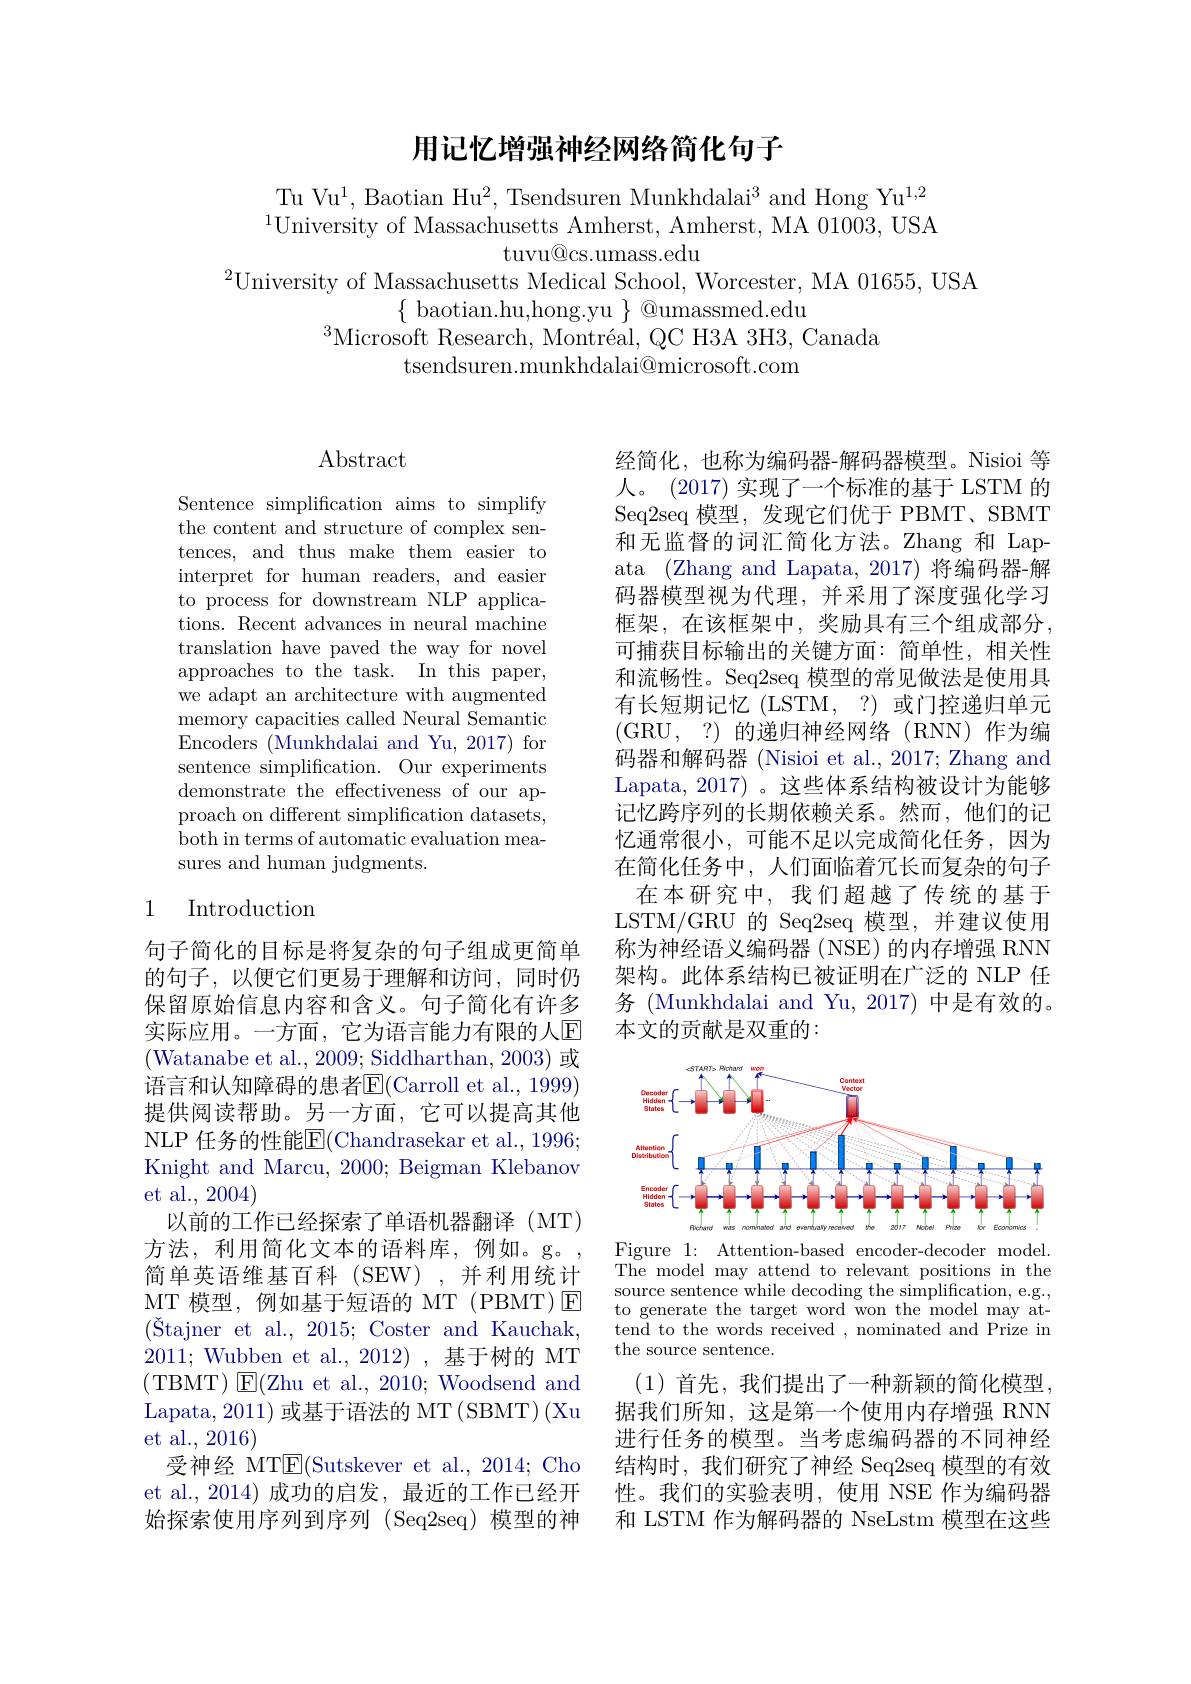
## 用记忆增强神经网络简化句子

Tu Vu$^1$, Baotian Hu$^2$, Tsendsuren Munkhdalai$^3$ and Hong Yu$^1,2$ $^{1}$University of Massachusetts Amherst, Amherst, MA 01003, USA
$\operatorname{tuvu@cs.umass.edu}$
$^{2}$University of Massachusetts Medical School, Worcester, MA 01655, USA
$\{$ baotian.hu,hong.yu $\}$ @umassmed.edu
$^{3}$Microsoft Research, Montréal, QC H3A 3H3, Canada
tsendsuren.munkhdalai@microsoft.com

# Abstract

Sentence simplification aims to simplify the content and structure of complex sentences, and thus make them easier to interpret for human readers, and easier to process for downstream NLP applications. Recent advances in neural machine translation have paved the way for novel approaches to the task. In this paper, we adapt an architecture with augmented memory capacities called Neural Semantic Encoders ($\bar{\text{Munkhdalai and Yu,2017)}}$for sentence simplification. Our experiments demonstrate the effectiveness of our approach on different simplification datasets, both in terms of automatic evaluation measures and human judgments.

## 1 Introduction

句子简化的目标是将复杂的句子组成更简单的句子，以便它们更易于理解和访问，同时仍保留原始信息内容和含义。句子简化有许多实际应用。一方面，它为语言能力有限的人回(Watanabe et al., 2009; Siddharthan, 2003) 或语言和认知障碍的患者$\overline{\mathrm{E}}($Carroll et al., 1999) 提供阅读帮助。另一方面，它可以提高其他NLP 任务的性能$\overline{\mathrm{E}}($Chandrasekar et al., 1996; Knight and Marcu, 2000; Beigman Klebanov et al., 2004)
以前的工作已经探索了单语机器翻译(MT) 方法，利用简化文本的语料库，例如。g。简单英语维基百科(SEW),并利用统计MT 模型，例如基于短语的 MT (PBMT)E $( \text{\v {S}tajneretal. , 2015; CosterandKauchak, }$ 2011; Wubben et al., 2012),基于树的 MT (TBMT)$\boxed{\mathrm{E}}($Zhu et al., 2010; Woodsend and Lapata, 2011) 或基于语法的 MT (SBMT) (Xu et al., 2016)
受神经 MTE(Sutskever et al., 2014; Cho et al.,2014)成功的启发，最近的工作已经开始探索使用序列到序列(Seq2seq)模型的神

经简化，也称为编码器-解码器模型。Nisioi 等人。(2017) 实现了一个标准的基于 LSTM 的Seq2seq 模型，发现它们优于 PBMT、SBMT 和无监督的词汇简化方法。Zhang 和 Lapata (Zhang and Lapata, 2017) 将编码器-解码器模型视为代理，并采用了深度强化学习框架，在该框架中，奖励具有三个组成部分， 可捕获目标输出的关键方面：简单性，相关性和流畅性。Seq2seq 模型的常见做法是使用具有长短期记忆(LSTM,?)或门控递归单元(GRU, ?)的递归神经网络(RNN)作为编码器和解码器 (Nisioi et al., 2017; Zhang and Lapata, 2017) 。这些体系结构被设计为能够记忆跨序列的长期依赖关系。然而，他们的记忆通常很小，可能不足以完成简化任务，因为在简化任务中，人们面临着冗长而复杂的句子
在本研究中，我们超越了传统的基于LSTM/GRU 的 Seq2seq 模型，并建议使用称为神经语义编码器 (NSE) 的内存增强 RNN 架构。此体系结构已被证明在广泛的 NLP 任务 (Munkhdalai and Yu, 2017) 中是有效的。本文的贡献是双重的：

<FigureHere>
Figure 1: Attention-based encoder-decoder model.

The model may attend to relevant positions in the source sentence while decoding the simplification, e.g., to generate the target word won the model may attend to the words received , nominated and Prize in the source sentence.

(1)首先，我们提出了一种新颖的简化模型， 据我们所知，这是第一个使用内存增强 RNN 进行任务的模型。当考虑编码器的不同神经结构时，我们研究了神经 Seq2seq 模型的有效性。我们的实验表明，使用 NSE 作为编码器和 LSTM 作为解码器的 NseLstm 模型在这些